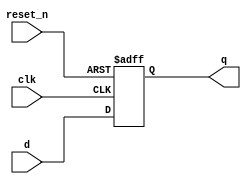
module shift_reg_pipo(
    input [3:0] d,
    input clk,
    input reset_n,
    output reg [3:0] q
);

    // Async negative reset is used
    // the input data is the same as the output data
    // this can be used as a pipleine register

    always @(posedge clk or negedge reset_n) begin
        if(!reset_n)
            q <= 4'b0;
        else
            q[3:0]  <= d[3:0];
    end

endmodule